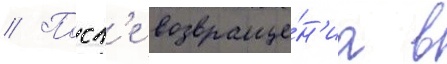
// Посл'е возвраще́н'иа в